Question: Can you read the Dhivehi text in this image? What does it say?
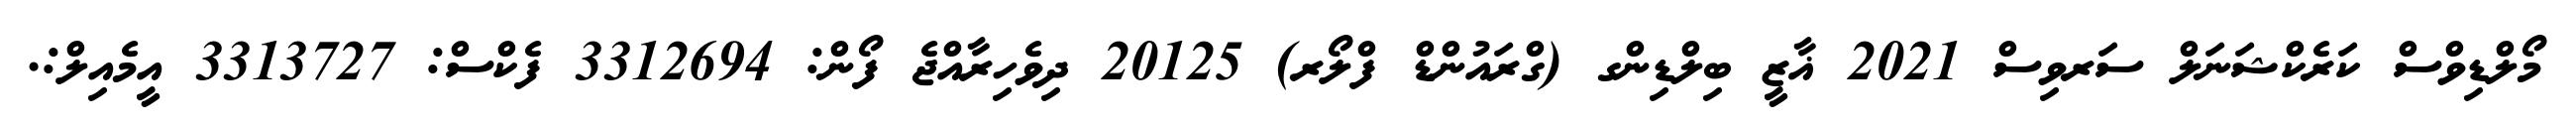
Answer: މޯލްޑިވްސް ކަރެކްޝަނަލް ސަރވިސް 2021 ޣާޒީ ބިލްޑިންގ (ގްރައުންޑް ފްލޯރ) 20125 ދިވެހިރާއްޖެ ފޯން: 3312694 ފެކްސް: 3313727 އީމެއިލް:.